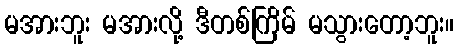
မအားဘူး မအားလို့ ဒီတစ်ကြိမ် မသွားတော့ဘူး။